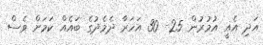
އަދި އެއީ އުމުރުން 25- 30 އަހަރާ ދެމެދުގެ ބައެއް ކަމަށް ވެސް